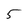
Character: 5